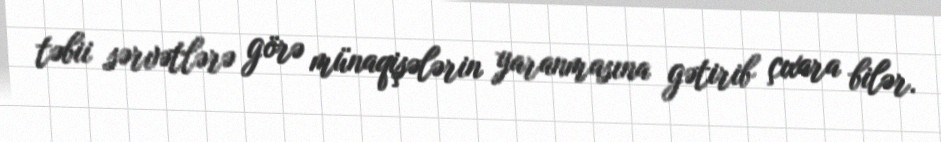
təbii sərvətlərə görə münaqişələrin yaranmasına gətirib çıxara bilər.